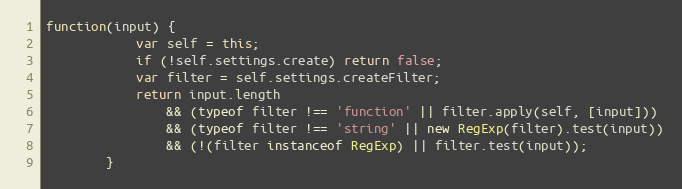
Language: JavaScript
function(input) {
			var self = this;
			if (!self.settings.create) return false;
			var filter = self.settings.createFilter;
			return input.length
				&& (typeof filter !== 'function' || filter.apply(self, [input]))
				&& (typeof filter !== 'string' || new RegExp(filter).test(input))
				&& (!(filter instanceof RegExp) || filter.test(input));
		}